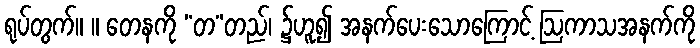
ရုပ်တွက်။ ။ တေနကို “တ”တည်၊ ၌ဟူ၍ အနက်ပေးသောကြောင့် ဩကာသအနက်ကို